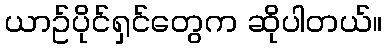
ယာဥ်ပိုင်ရှင်တွေက ဆိုပါတယ်။